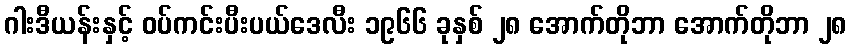
ဂါးဒီယန်းနှင့် ဝပ်ကင်းပီးပယ်ဒေလီး ၁၉၆၆ ခုနှစ် ၂၈ အောက်တိုဘာ အောက်တိုဘာ ၂၈